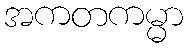
အကတကမ္မာ